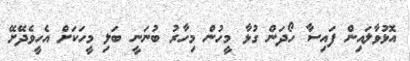
އޮޅުވާލައިން ފައިސާ ހޯދަން ގުޅާ މީހުން މިހާރު ބުނަނީ ބަލި މީހަކަށް އެހީވެދޭށޭ